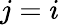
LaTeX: j=i